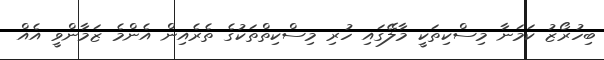
ބިހުރޯޒު ކަމަނާ މިސްކިތަކީ މާލޭގައި ހުރި މިސްކިތްތަކުގެ ތެރެއިން އެންމެ ޒަމާންވީ އެއް